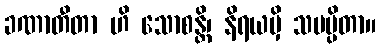
ခဏာတီတာ ဟိ သောစန္တိ၊ နိရယမှိ သမပ္ပိတာ။